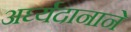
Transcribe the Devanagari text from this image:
अर्घ्यदानाने